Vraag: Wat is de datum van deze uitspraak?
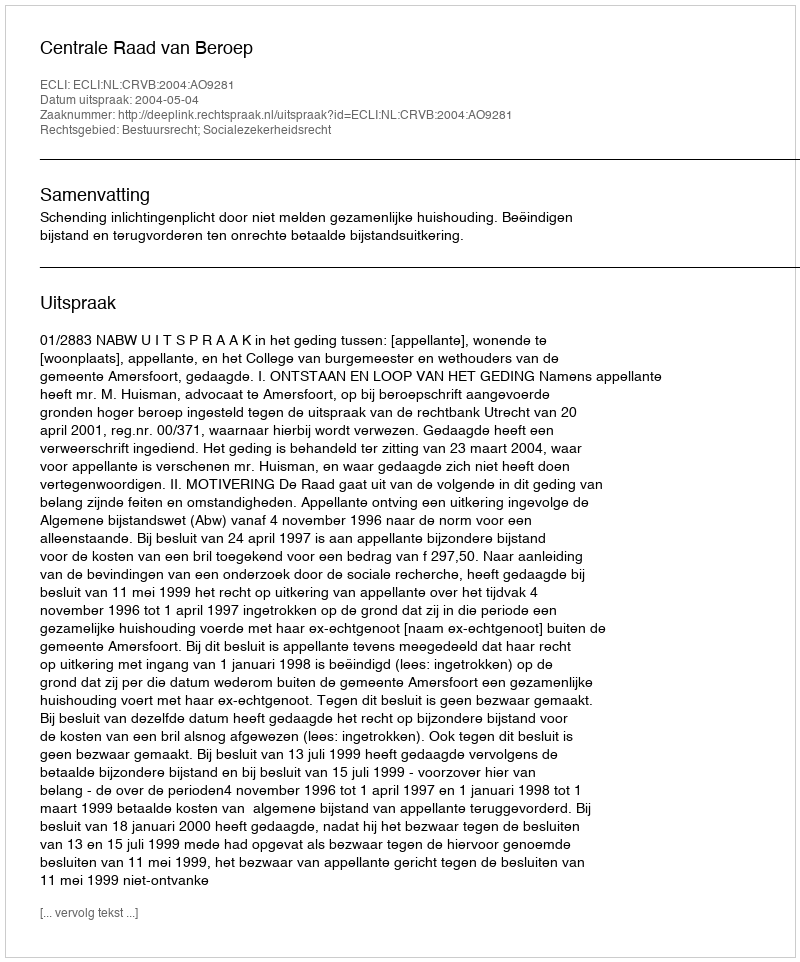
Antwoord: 2004-05-04